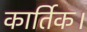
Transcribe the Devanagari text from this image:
कार्तिक।